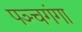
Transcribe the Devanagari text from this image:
पञ्चगंगा